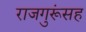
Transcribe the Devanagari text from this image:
राजगुरूंसह